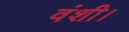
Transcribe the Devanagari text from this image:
वंशी।